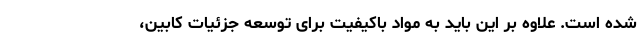
شده است. علاوه بر این باید به مواد باکیفیت برای توسعه جزئیات کابین،